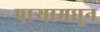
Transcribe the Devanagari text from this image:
पाऱ्यामधून